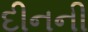
દીનની